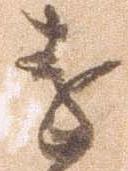
遠